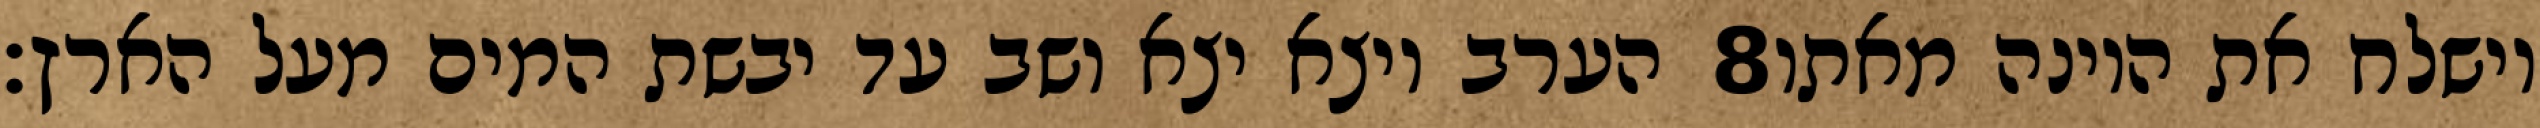
הערב ויצא יצא ושב עד יבשת המים מעל הארץ׃ ‎8‏ וישלח את היונה מאתו